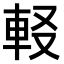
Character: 𨊿